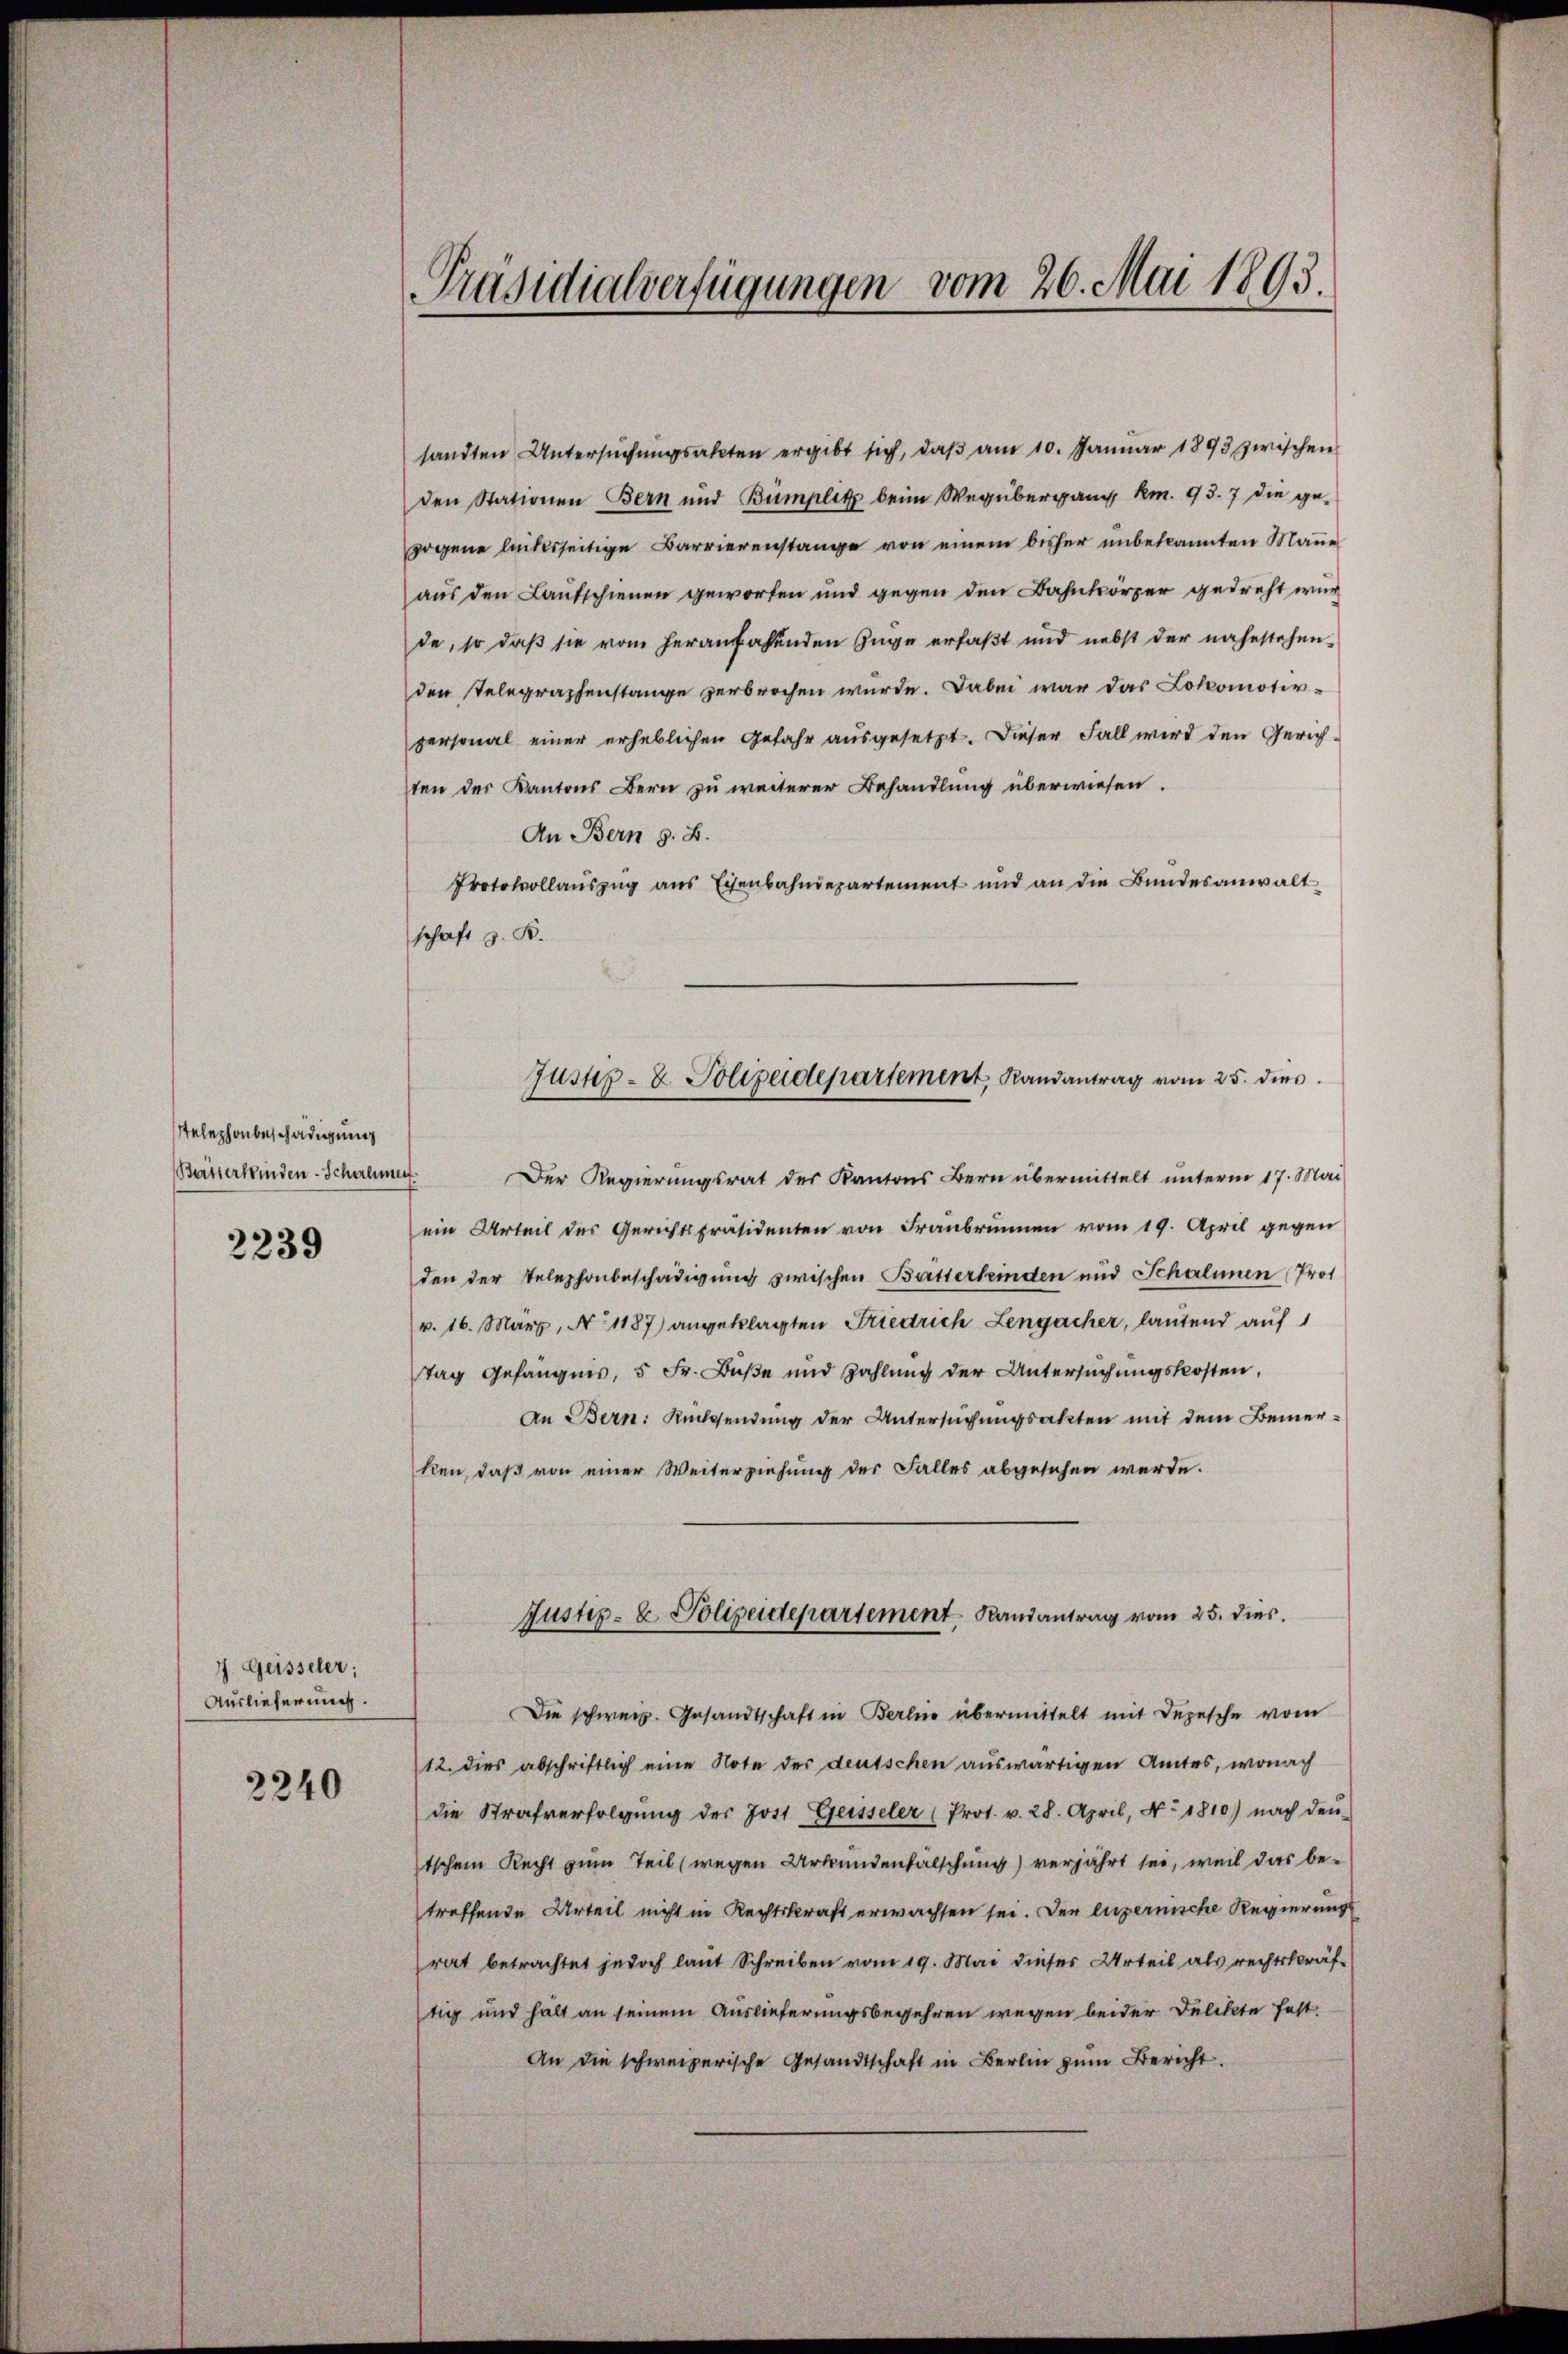
telephonbeschädigung
Beisterkinden Schachmer

2239

7. Geisseler;
Auslieferung.

2240

Präsidialverfügungen vom 26. Mai 1893.

sandten Untersŭchŭngsakten ergibt sich, daβ am 10. Januar 1893 zwischen
den Stationen Bern und Bümplitz beim Wegübergang Rm. 93. 7 die ge-
zogene leidesseitige Barrierenstange von einem bisher unbekannten Manne
aus den Lautschienen geworfen und gegen den Bahnkörper gedreht wurde, so daß sie vom heranfassenden Zuge erfaßt und nebst der nahestehen-
den Telegraphenstange verbrochen wurde. Dabei war das Lokomotirpersonal einer erheblichen Gefahr ausgesetzt. Dieser Fall wird den Gerich
ten des Kantons Bern zu weiterer Behandlung überwiesen.
An Bern z. B.
Protokollaŭszŭg ans Eisenbahndepartement und an die Bŭndesanwalt
schaft z. B.

Justiz- & Polizeidepartement Randantrag vom 25. dies

.Der Regierungsrat des Kantons Bern übermittelt unterm 17. Mai
ein Urteil des Gerichtspräsidenten von Franbrun vom 19. April gegen
den der Telephonbeschädigung zwischen Butterkinden und Schalinen (Prot
v. 16. März, No 1187) angeklagten Friedrich Lengacher, lautend auf
Tag Gefängnis, 5 Fr. Buße und Zahlung der Untersuchungskosten,
An Bern: Rücksendung der Untersuchungsakten mit dem Bemerken, daß von einer Weiterziehung der Falles abgesehen werde.
Die schweiz. Gesandtschaft in Berlin übermittelt mit Depesche vom
12. dies abschriftlich eine Note der deutschen auswärtigen Amtes, wonach
die Strafverfolgŭng des Jost Geisseler (Prot. v. 28. April, No. 1810.) nach den
tschem Recht zum Teil (wegen Urkundenfälschung) verjährt sei, weil das betreffende Urteil nicht in Rechtskraft erwachsen sei. Der luzernische Regierungs
rat betrachtet jedoch laut Schreiben vom 19. Mai dieses Urteil als rechtskräf-
tig und hält an seinem Auslieferungsbegehren wegen beider Delikte fest
An die schweizerische Gesandtschaft in Berlin zŭm Bericht.

Justiz- & Polizeidepartement Randantrag vom 25. dies